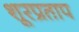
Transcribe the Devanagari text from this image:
शूरप्रताप